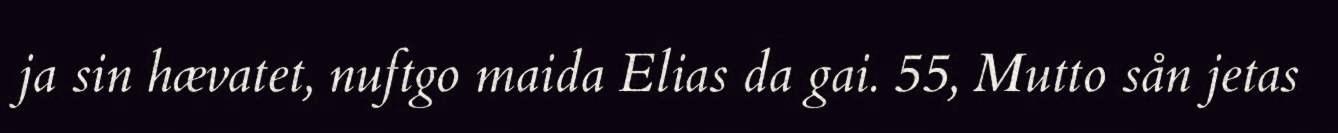
ja sin hævatet, nuftgo maida Elias da gai. 55, Mutto sån jetas